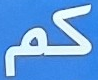
كم